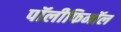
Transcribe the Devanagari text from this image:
पॉलीफिनॉल